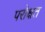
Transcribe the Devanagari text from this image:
परोक्षत